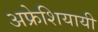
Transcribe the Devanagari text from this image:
अफ्रेशियायी